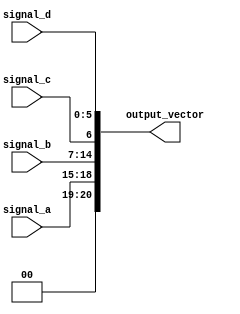
module concatenation_example (
    input wire [3:0] signal_a,   // 4-bit input signal
    input wire [7:0] signal_b,   // 8-bit input signal
    input wire signal_c,          // 1-bit input signal
    input wire [5:0] signal_d,   // 6-bit input signal
    output wire [20:0] output_vector // Output vector width is 20 bits (4 + 8 + 1 + 6)
);

    // Continuous assignment using concatenation
    assign output_vector = {signal_a, signal_b, signal_c, signal_d};

endmodule